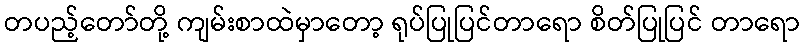
တပည့်တော်တို့ ကျမ်းစာထဲမှာတော့ ရုပ်ပြုပြင်တာရော စိတ်ပြုပြင် တာရော